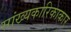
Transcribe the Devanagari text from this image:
सांख्यकारिकाकार